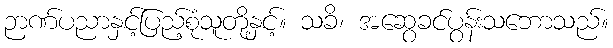
ဉာဏ်ပညာနှင့်ပြည့်စုံသူတို့နှင့်။ သခိ၊ အဆွေခင်ပွန်းသဘောသည်။